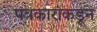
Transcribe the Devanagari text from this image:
पत्रकारांकडून